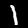
Label: 1